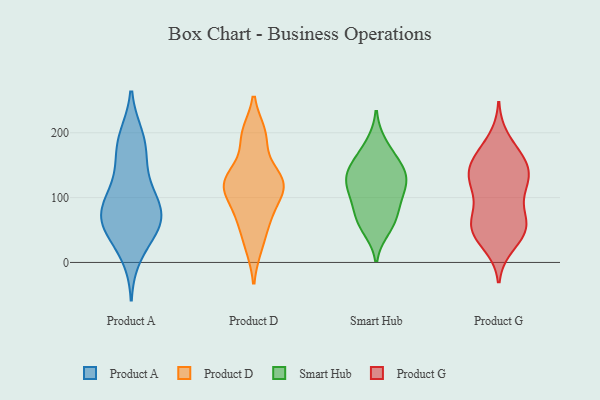
{"axis": {"x": "Revenue (USD Million)", "y": "Value"}, "legend": ["Product A", "Product D", "Product G", "Smart Hub"], "data": [{"x": "", "y": 159, "type": "Product A"}, {"x": "", "y": 41, "type": "Product A"}, {"x": "", "y": 74, "type": "Product A"}, {"x": "", "y": 104, "type": "Product A"}, {"x": "", "y": 119, "type": "Product A"}, {"x": "", "y": 52, "type": "Product A"}, {"x": "", "y": 64, "type": "Product A"}, {"x": "", "y": 11, "type": "Product A"}, {"x": "", "y": 66, "type": "Product A"}, {"x": "", "y": 169, "type": "Product A"}, {"x": "", "y": 194, "type": "Product A"}, {"x": "", "y": 100, "type": "Product A"}, {"x": "", "y": 75, "type": "Product A"}, {"x": "", "y": 193, "type": "Product A"}, {"x": "", "y": 68, "type": "Product A"}, {"x": "", "y": 75, "type": "Product D"}, {"x": "", "y": 122, "type": "Product D"}, {"x": "", "y": 117, "type": "Product D"}, {"x": "", "y": 198, "type": "Product D"}, {"x": "", "y": 133, "type": "Product D"}, {"x": "", "y": 64, "type": "Product D"}, {"x": "", "y": 111, "type": "Product D"}, {"x": "", "y": 193, "type": "Product D"}, {"x": "", "y": 127, "type": "Product D"}, {"x": "", "y": 25, "type": "Product D"}, {"x": "", "y": 140, "type": "Smart Hub"}, {"x": "", "y": 67, "type": "Smart Hub"}, {"x": "", "y": 92, "type": "Smart Hub"}, {"x": "", "y": 161, "type": "Smart Hub"}, {"x": "", "y": 118, "type": "Smart Hub"}, {"x": "", "y": 64, "type": "Smart Hub"}, {"x": "", "y": 131, "type": "Smart Hub"}, {"x": "", "y": 145, "type": "Smart Hub"}, {"x": "", "y": 124, "type": "Smart Hub"}, {"x": "", "y": 103, "type": "Smart Hub"}, {"x": "", "y": 54, "type": "Smart Hub"}, {"x": "", "y": 182, "type": "Smart Hub"}, {"x": "", "y": 123, "type": "Product G"}, {"x": "", "y": 63, "type": "Product G"}, {"x": "", "y": 163, "type": "Product G"}, {"x": "", "y": 68, "type": "Product G"}, {"x": "", "y": 189, "type": "Product G"}, {"x": "", "y": 28, "type": "Product G"}, {"x": "", "y": 53, "type": "Product G"}, {"x": "", "y": 157, "type": "Product G"}, {"x": "", "y": 44, "type": "Product G"}, {"x": "", "y": 151, "type": "Product G"}, {"x": "", "y": 122, "type": "Product G"}, {"x": "", "y": 122, "type": "Product G"}, {"x": "", "y": 60, "type": "Product G"}, {"x": "", "y": 131, "type": "Product G"}, {"x": "", "y": 135, "type": "Product G"}, {"x": "", "y": 160, "type": "Product G"}, {"x": "", "y": 102, "type": "Product G"}, {"x": "", "y": 60, "type": "Product G"}, {"x": "", "y": 41, "type": "Product G"}]}